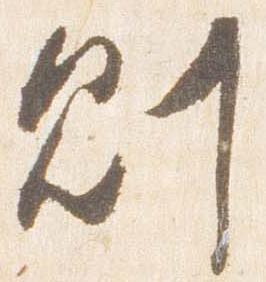
則